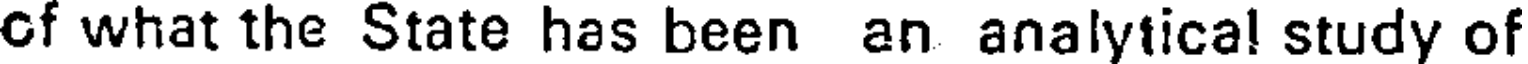
of what the State has been an analytical study of